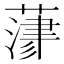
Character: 𦻄